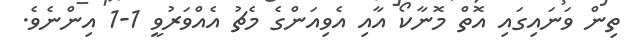
ތިން ވަނައިގައި އޮތް މޮނާކޯ އާއި އެވިއަންގެ މެޗު އެއްވަރުވީ 1-1 އިންނެވެ.